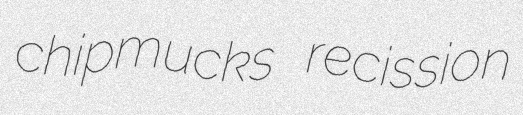
chipmucks recission